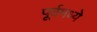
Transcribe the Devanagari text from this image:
पूर्वमध्ये